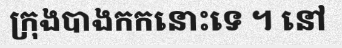
ក្រុងបាងកកនោះទេ ។ នៅ